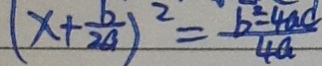
( x + \frac { b } { 2 a } ) ^ { 2 } = \frac { b ^ { 2 } - 4 a c } { 4 a }